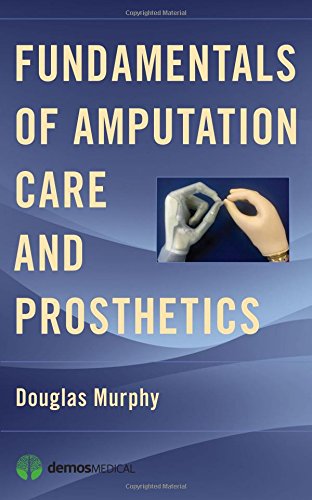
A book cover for Fundamentals of Amputation Care and Prosthetics; Douglas Murphy; Medical Books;